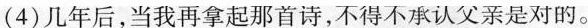
(4)几年后，当我再拿起那首诗，不得不承认父亲是对的。